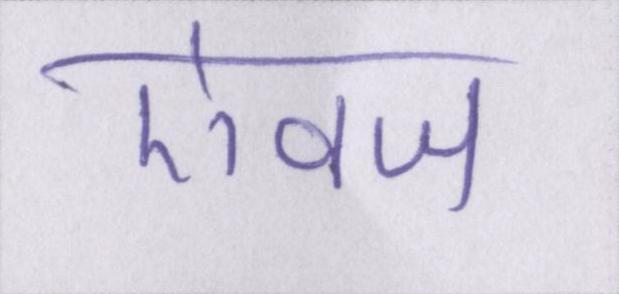
ऐवज